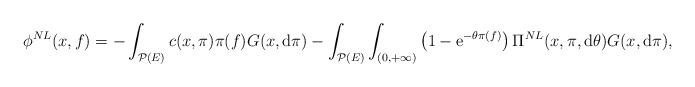
LaTeX: \begin{align*}\phi^{NL}(x,f)=-\int_{\mathcal{P}(E)}c(x,\pi)\pi(f)G(x,{\rm d}\pi)-\int_{\mathcal{P}(E)}\int_{(0,+\infty)}\left(1-\mathrm{e}^{-\theta\pi(f)}\right)\Pi^{NL}(x,\pi,{\rm d}\theta)G(x,{\rm d}\pi),\end{align*}